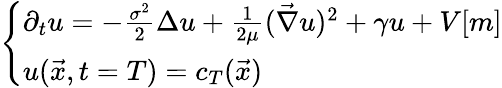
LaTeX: \left\{ \begin{array}{ll}{\partial_{t}u=-\frac{\sigma^{2}}{2}\Delta{u}+\frac{1}{2\mu}(\vec{\nabla}u)^{2}+\gamma u+V[m]}\\ {u(\vec{x},t=T)=c_{T}(\vec{x})}\end{array}\right.